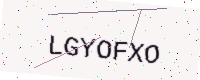
Text: LGYOFXO